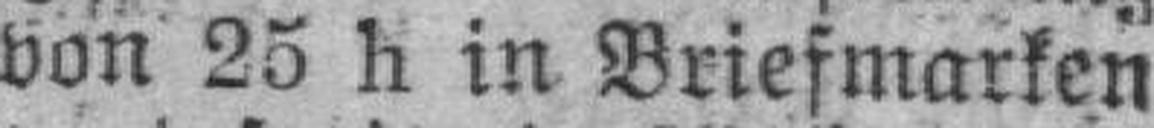
von 25 h in Briefmarken